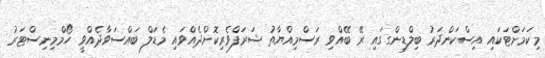
މިކަމަށްޓަކައި އިސްކަންދަރު ބިލްޑިންގގައި ރޭ ބޭއްވި ރަސްމިއްޔާތު ޝަރަފްވެރިކޮށްދެއްވައި މެޑަލް ބައްސަވާދެއްވީ ހޯމްމިނިސްޓަރު